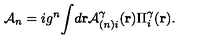
{ \cal { A } } _ { n } = i g ^ { n } { \int } d { \bf { r } } { \cal { A } } _ { ( n ) i } ^ { \gamma } ( { \bf { r } } ) \Pi _ { i } ^ { \gamma } ( { \bf { r } } ) .